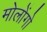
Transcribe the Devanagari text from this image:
मोलोंगो